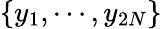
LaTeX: \{ y_{1},\cdots,y_{2N}\}